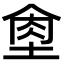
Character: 𦚙